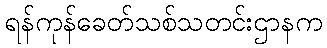
ရန်ကုန်ခေတ်သစ်သတင်းဌာနက